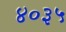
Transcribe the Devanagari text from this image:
४०३५